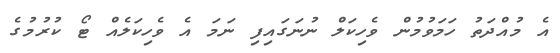
އެ މުއްދަތު ހަމަވުމުން ވެހިކަލް ނުނަގައިފި ނަމަ އެ ވެހިކަލެއް ޓޯ ކުރުމުގެ